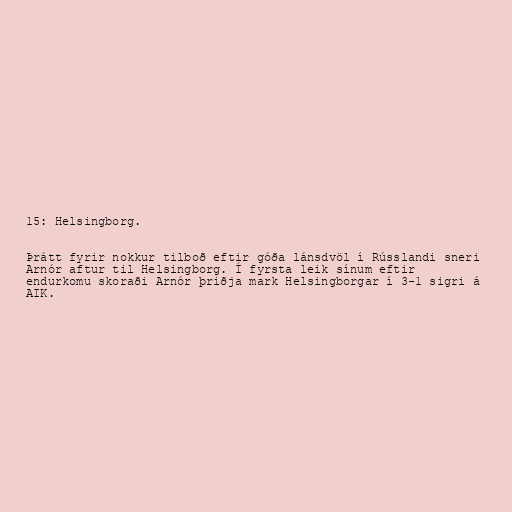
15: Helsingborg.

Þrátt fyrir nokkur tilboð eftir góða lánsdvöl í Rússlandi sneri
Arnór aftur til Helsingborg. Í fyrsta leik sínum eftir
endurkomu skoraði Arnór þriðja mark Helsingborgar í 3-1 sigri á
AIK.